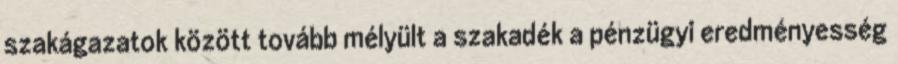
szakágazatok között tovább mélyült a szakadék a pénzügyi eredményesség